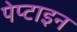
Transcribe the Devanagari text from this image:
पेप्टाइन